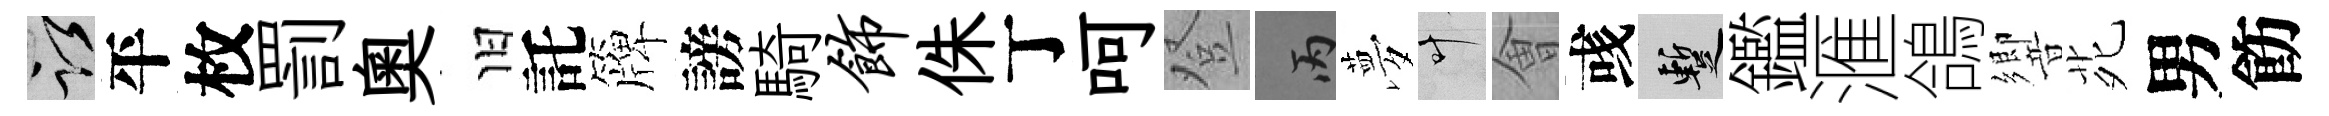
謹平枚罰奥旧託簰謗騎饰侏丁呵登丙夢叶㑹彧暫鑑滙鴿響𫟍男飭